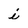
Character: i